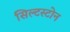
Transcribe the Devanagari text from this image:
सिल्टस्टोन